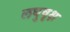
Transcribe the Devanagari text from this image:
लघुवृक्ष